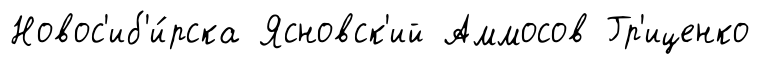
Новос'иб'и́рска Ясновск'ий Аммосов Гр'иценко